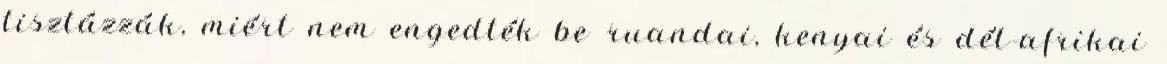
tisztázzák, miért nem engedték be ruandai, kenyai és dél-afrikai